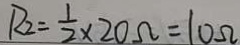
R _ { 2 } = \frac { 1 } { 2 } \times 2 0 \Omega = 1 0 \Omega